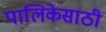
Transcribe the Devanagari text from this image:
पालिकेसाठी